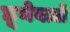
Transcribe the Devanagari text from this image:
छूनेवाले